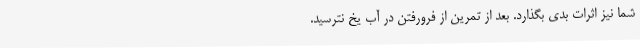
شما نیز اثرات بدی بگذارد. بعد از تمرین از فرورفتن در آب یخ نترسید.